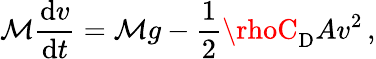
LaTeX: \mathcal{M}{\frac{{\mathrm{{d}}v}}{{\mathrm{{d}}t}}}=\mathcal{M}g-{\frac{{1}}{{2}}}\rhoC_{\mathrm{{D}}}Av^{2}\, ,